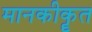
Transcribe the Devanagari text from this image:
मानकीकॄत